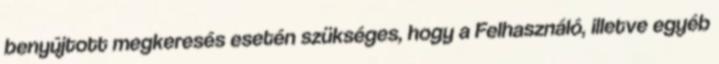
benyújtott megkeresés esetén szükséges, hogy a Felhasználó, illetve egyéb